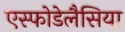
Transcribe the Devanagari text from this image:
एस्फोडेलैसिया